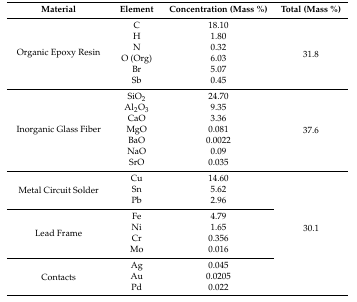
<table><thead><tr><td><b>Material</b></td><td><b>Element</b></td><td><b>Concentration (Mass %)</b></td><td><b>Total (Mass %)</b></td></tr></thead><tbody><tr><td rowspan="6">Organic Epoxy Resin</td><td>C</td><td>18.10</td><td rowspan="6">31.8</td></tr><tr><td>H</td><td>1.80</td></tr><tr><td>N</td><td>0.32</td></tr><tr><td>O (Org)</td><td>6.03</td></tr><tr><td>Br</td><td>5.07</td></tr><tr><td>Sb</td><td>0.45</td></tr><tr><td rowspan="7">Inorganic Glass Fiber</td><td>SiO<sub>2</sub></td><td>24.70</td><td rowspan="7">37.6</td></tr><tr><td>Al<sub>2</sub>O<sub>3</sub></td><td>9.35</td></tr><tr><td>CaO</td><td>3.36</td></tr><tr><td>MgO</td><td>0.081</td></tr><tr><td>BaO</td><td>0.0022</td></tr><tr><td>NaO</td><td>0.09</td></tr><tr><td>SrO</td><td>0.035</td></tr><tr><td rowspan="3">Metal Circuit Solder</td><td>Cu</td><td>14.60</td><td rowspan="10">30.1</td></tr><tr><td>Sn</td><td>5.62</td></tr><tr><td>Pb</td><td>2.96</td></tr><tr><td rowspan="4">Lead Frame</td><td>Fe</td><td>4.79</td></tr><tr><td>Ni</td><td>1.65</td></tr><tr><td>Cr</td><td>0.356</td></tr><tr><td>Mo</td><td>0.016</td></tr><tr><td rowspan="3">Contacts</td><td>Ag</td><td>0.045</td></tr><tr><td>Au</td><td>0.0205</td></tr><tr><td>Pd</td><td>0.022</td></tr></tbody></table>